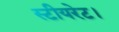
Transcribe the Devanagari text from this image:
स्टीयरेट।